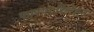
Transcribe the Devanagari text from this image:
फास्फारिलेशन